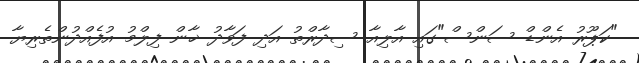
"ކަޕޫރު އެންޑް ސަންސް"ގައި އާލިއާ ސިދާރްތު އަދި ފަވާދު ޚާން ފިލްމު އުފެއްދުންތެރިޔާ